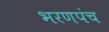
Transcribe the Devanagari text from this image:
भरणपंच